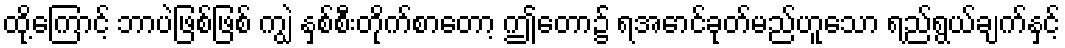
ထို့ကြောင့် ဘာပဲဖြစ်ဖြစ် ကျွဲ နှစ်စီးတိုက်စာတော့ ဤတော၌ ရအောင်ခုတ်မည်ဟူသော ရည်ရွယ်ချက်နှင့်